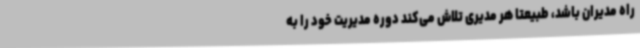
راه مدیران باشد، طبیعتا هر مدیری تلاش می‌کند دوره مدیریت خود را به